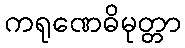
ကရုဏေဓိမုတ္တာ